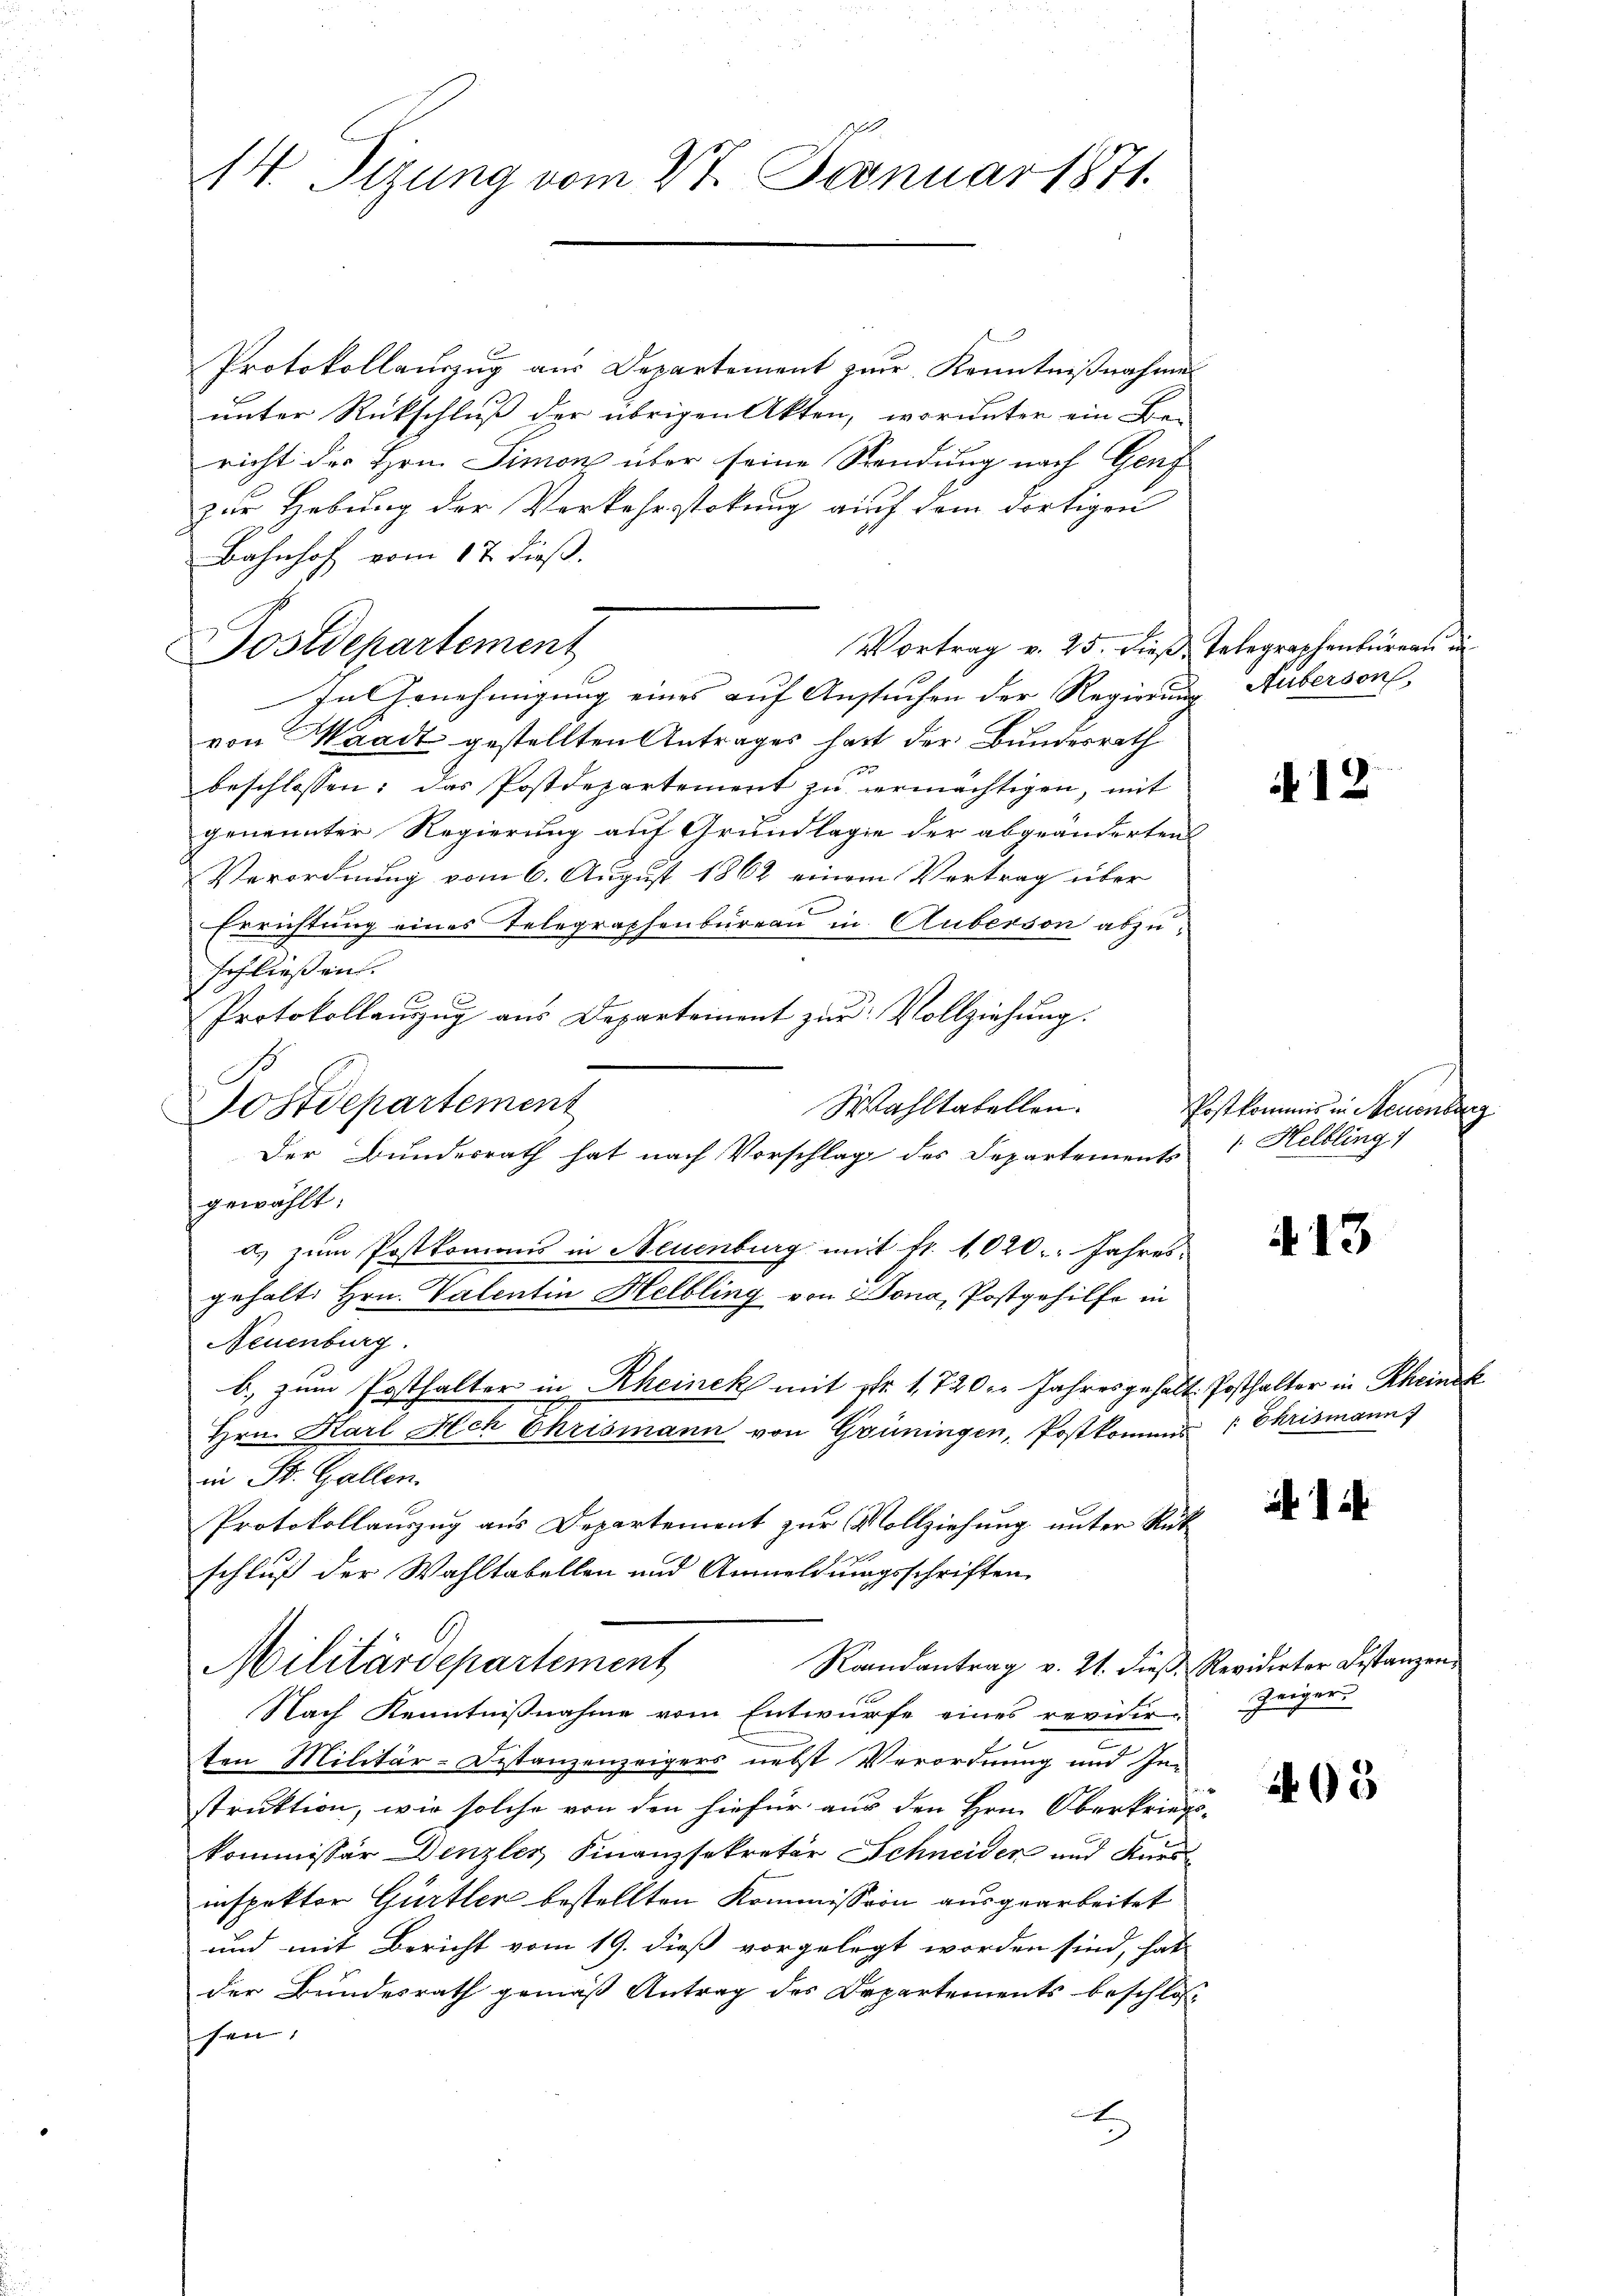
Protokollauszug aus Departement zur Kenntnißnahme
unter Rückschluß der übrigen Akten, worunter ein Be-
richt der Hrn. Simon über seine Sendung nach Genf
zur Hebung der Vorkehrstokung auf dem dortigen
Bahnhof vom 17 dieß.
Vortrag v. 25. dieß, Telegraphenbüreau d
In Genehmigung eines auf Ansuchen der Regierung Auberson,
von Waadt gestellten Antrages hatt der Bundesrath
beschlossen: das Postdepartement zu vermächtigen, mit
genannter Regierung auf Grundlage der abgeänderten
Verordnung vom 6. August 1862 einem Vertrag über
Errichtung eines Telegraphenbureau in Auberson abzuschließen.
Protokollanzug aus Departement zur Vollziehung.
Wahltabellen.
Tostdepartement
Der Bundesrath hat nach Vorschlag des Departements
gewählt:
d) zum Postkomans in Neuenburg mit fr. 1020. Jahresgehalt Hrn. Valentin Helbling von Bona, Postgehilfe in
Neuenburg.
b. zum Posthalter in Rheinek mit Nr. 1720. Jahresgehalt. Posthalter in Rheinek
Hrn. Karl Hch Chrismann von Grüningen, Postkommis Chrismann f
in St. Gallen.
Protokollauszug aus Departement zur Vollziehung unter Rük
schluß der Wahltabellen und Anmeldungsschriften
Militärdepartement
Raandantrag v. 21. dieß. Revidirter Bestanzen
Nach Kenntnißnahme vom Entwurfe eines revidier-Zeiger
ten Militär-Distanzenzeigers nebst Verordnung und In-
struktion, wie solche von den hiefür aus den Hrn. Oberkriegs-
kommissär Denzler Finanzsekretär Schneider und Kursinspektor Gürtler bestellten Kommission ausgearbeitet
und mit Bericht vom 19. dieß vorgelegt worden sind, hat
der Bundesrath gemäß Antrag des Departements beschloss
hen:
E

14. Tizung vom 27. Januar 1871.

Postdepartement

12

Postkommis in Steuenburg
 Helbling

13

405